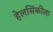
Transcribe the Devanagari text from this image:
हेलसिंकीला